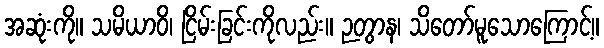
အဆုံးကို။ သမိယာဝိ၊ ငြိမ်းခြင်းကိုလည်း။ ဉတွာန၊ သိတော်မူသောကြောင့်။